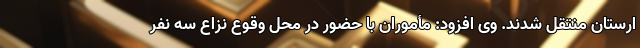
ارستان منتقل شدند. وی افزود: مأموران با حضور در محل وقوع نزاع سه نفر